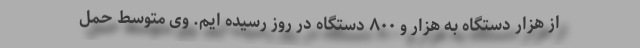
از هزار دستگاه به هزار و ۸۰۰ دستگاه در روز رسیده ایم. وی متوسط حمل